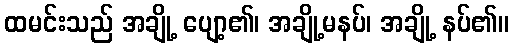
ထမင်းသည် အချို့ ပျော့၏၊ အချို့မနပ်၊ အချို့ နပ်၏။